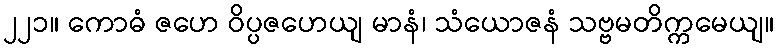
၂၂၁။ ကောဓံ ဇဟေ ဝိပ္ပဇဟေယျ မာနံ၊ သံယောဇနံ သဗ္ဗမတိက္ကမေယျ။